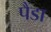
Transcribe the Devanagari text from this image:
पैंडा